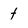
Character: t